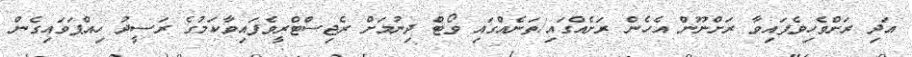
އަދި ރަށްވެހިވެފައިވާ ރަށްނޫން އެހެން ރަށެއްގައި/ތަނެއްގައި ވޯޓް ދިނުމަށް ރެޖިސްޓްރީވެފައިވާކަމުގެ ރަސީދު ހިއްޕަވައިގެން